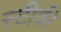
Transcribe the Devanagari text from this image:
स्टीकी